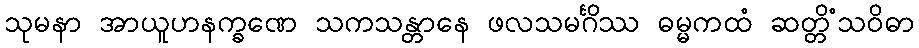
သုမနာ အာယူဟနက္ခဏေ သကသန္တာနေ ဖလသမင်္ဂိဿ ဓမ္မကထံ ဆတ္တိံသဝိဓာ